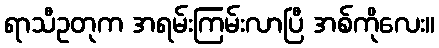
ရာသီဥတုက အရမ်းကြမ်းလာပြီ အစ်ကိုလေး။